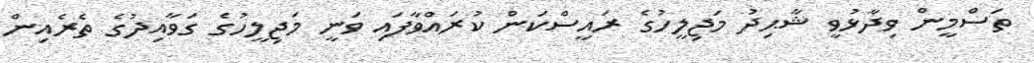
ތަސްމީން ވިދާޅުވީ ޝާޙިދު މަޖިލީހުގެ ރައީސްކަން ކުރައްވާފައި ވަނީ މަޖިލީހުގެ ގަވާއިދުގެ ތެރެއިން